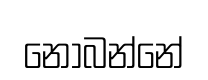
නොබන්නේ